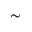
\sim